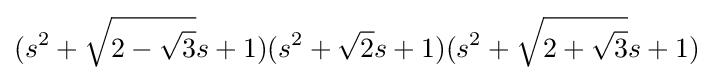
(s^{2}+{\sqrt {2-{\sqrt {3}}}}s+1)(s^{2}+{\sqrt {2}}s+1)(s^{2}+{\sqrt {2+{\sqrt {3}}}}s+1)